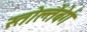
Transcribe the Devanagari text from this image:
स्तोल्तेंबेर्ग